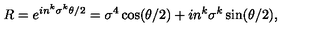
R = e ^ { i n ^ { k } \sigma ^ { k } \theta / 2 } = \sigma ^ { 4 } \cos ( \theta / 2 ) + i n ^ { k } \sigma ^ { k } \sin ( \theta / 2 ) ,